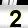
Digit: 2